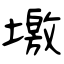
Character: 墽